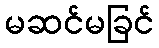
မဆင်မခြင်